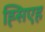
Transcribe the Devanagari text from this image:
ह्सिएह